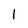
Character: 1